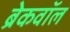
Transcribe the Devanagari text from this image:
ब्रेकवॉल